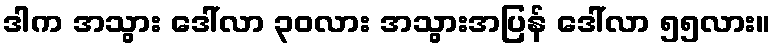
ဒါက အသွား ဒေါ်လာ ၃၀လား အသွားအပြန် ဒေါ်လာ ၅၅လား။